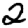
Digit: 2